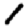
Digit: 1